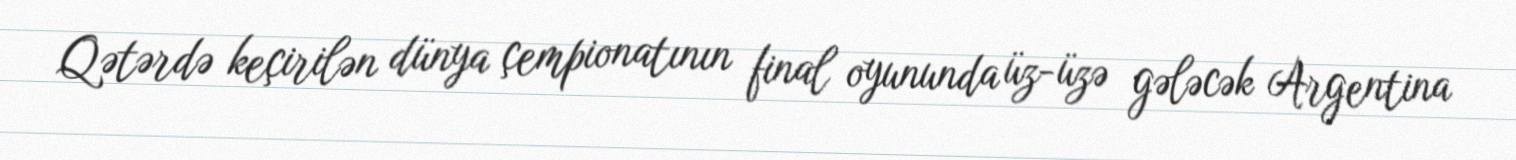
Qətərdə keçirilən dünya çempionatının final oyununda üz-üzə gələcək Argentina